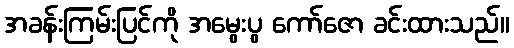
အခန်းကြမ်းပြင်ကို အမွေးပွ ကော်ဇော ခင်းထားသည်။